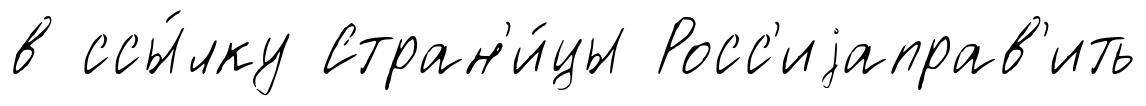
в ссы́лку Стран'и́цы Росс'иjаправ'ить